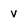
Character: v